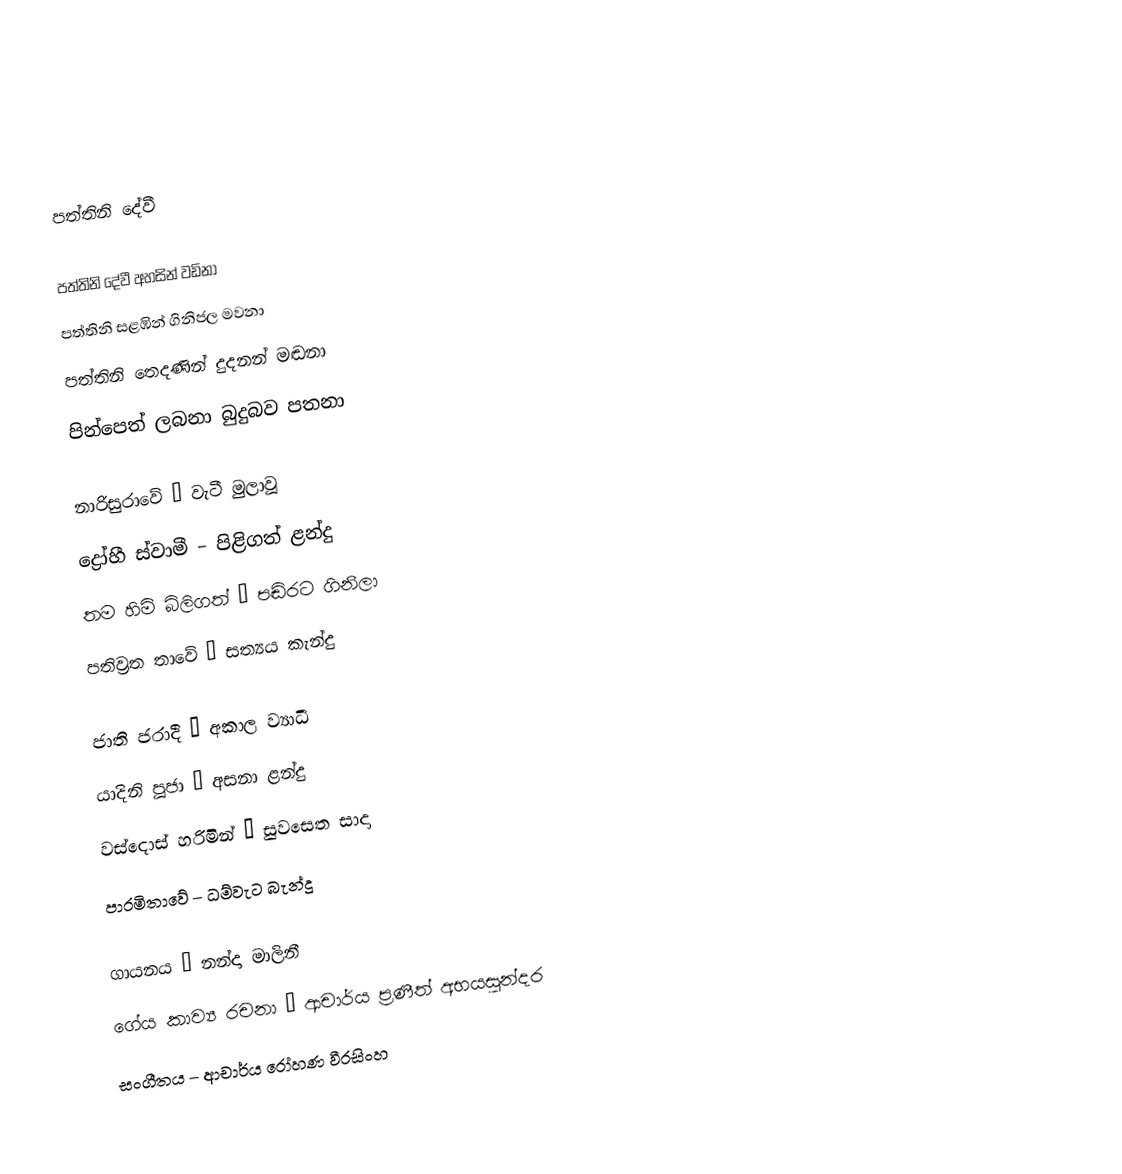

පත්තිනි දේවී

පත්තිනි දේවී අහසින් වඩිනා
පත්තිනි සළඹින් ගිනිජල මවනා
පත්තිනි තෙදණින් දුදනන් මඬනා
පින්පෙත් ලබනා බුදුබව පතනා

නාරිසුරාවේ – වැටී මුලාවූ
ද්‍රෝහී ස්වාමී – පිළිගත් ළන්දු
තම හිමි බිලිගත් – පඬිරට ගිනිලා
පතිව‍්‍රත තාවේ – සත්‍යය කැන්දු

ජාති ජරාදී – අකාල ව්‍යාධී
යාදිනි පූජා – අසනා ළන්දු
වස්දොස් හරිමින් – සුවසෙත සාදා
පාරමිතාවේ – ධම්වැට බැන්දු

ගායනය – නන්දා මාලිනී
ගේය කාව්‍ය රචනා – ආචාර්ය ප‍්‍රණීත් අභයසුන්දර
සංගීතය – ආචාර්ය රෝහණ වීරසිංහ